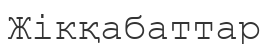
Жікқабаттар